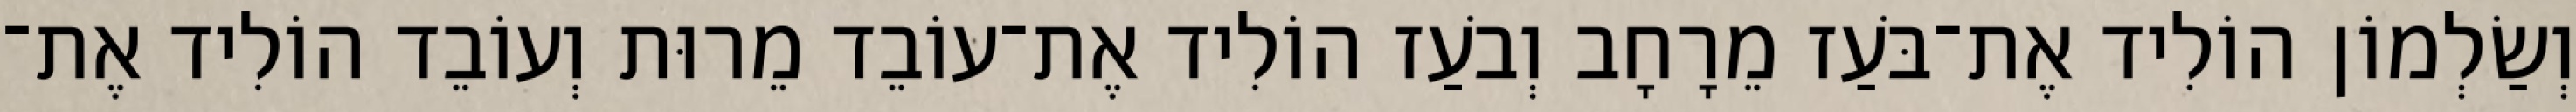
וְשַׂלְמוֹן הוֹלִיד אֶת־בֹּעַז מֵרָחָב וְבֹעַז הוֹלִיד אֶת־עוֹבֵד מֵרוּת וְעוֹבֵד הוֹלִיד אֶת־